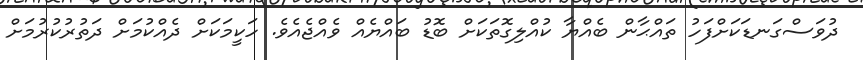
ދުވަސްގަނޑަކަށްފަހު ތައްޙާން ބެއްޔާ ކުއްލިގޮތަކަށް ބޮޑު ބައްޔެއް ވެއްޖެއެވެ. ހަކީމަކަށް ދެއްކުމަށް ދަތުރުކުރުމަށް